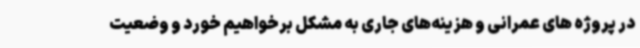
در پروژه‌ های عمرانی و هزینه‌های جاری به مشکل برخواهیم‌ خورد و وضعیت